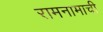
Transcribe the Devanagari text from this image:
रामनामाची